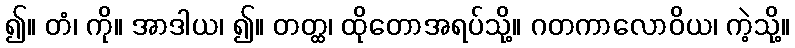
၍။ တံ၊ ကို။ အာဒါယ၊ ၍။ တတ္ထ၊ ထိုတောအရပ်သို့။ ဂတကာလောဝိယ၊ ကဲ့သို့။